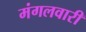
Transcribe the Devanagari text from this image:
मंगलवारी